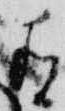
有